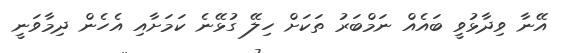
އޭނާ ވިދާޅުވީ ބައެއް ނަމްބަރު ތަކަށް ހިލޭ ގުޅޭނެ ކަމަށާއި އެހެން ދިމާވަނީ